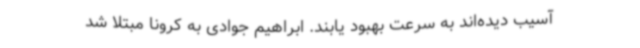
آسیب دیده‌اند به سرعت بهبود یابند. ابراهیم جوادی به کرونا مبتلا شد